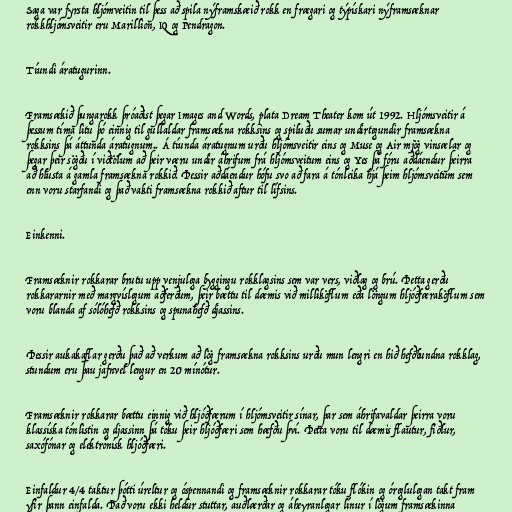
Saga var fyrsta hljómveitin til þess að spila nýframskæið rokk en frægari og týpískari nýframsæknar
rokkhljómsveitir eru Marillion, IQ og Pendragon.

Tíundi áratugurinn.

Framsækið þungarokk þróaðist þegar Images and Words, plata Dream Theater kom út 1992. Hljómsveitir á
þessum tíma litu þó einnig til gullaldar framsækna rokksins og spiluðu sumar undirtegundir framsækna
rokksins þá áttunda áratugnum.. Á tíunda áratugnum urðu hljómsveitir eins og Muse og Air mjög vinsælar og
þegar þeir sögðu í viðtölum að þeir væru undir áhrifum frá hljómsveitum eins og Yes þá fóru aðdáendur þeirra
að hlusta á gamla framsækna rokkið. Þessir aðdáendur hófu svo að fara á tónleika hjá þeim hljómsveitum sem
enn voru starfandi og það vakti framsækna rokkið aftur til lífsins.

Einkenni.

Framsæknir rokkarar brutu upp venjulega byggingu rokklagsins sem var vers, viðlag og brú. Þetta gerðu
rokkararnir með margvíslegum aðferðum, þeir bættu til dæmis við milliköflum eða löngum hljóðfæraköflum sem
voru blanda af sólóhefð rokksins og spunahefð djassins.

Þessir aukakaflar gerðu það að verkum að lög framsækna rokksins urðu mun lengri en hið hefðbundna rokklag,
stundum eru þau jafnvel lengur en 20 mínótur.

Framsæknir rokkarar bættu einnig við hljóðfærum í hljómsveitir sínar, þar sem áhrifavaldar þeirra voru
klassíska tónlistin og djassinn þá tóku þeir hljóðfæri sem hæfðu því. Þetta voru til dæmis flautur, fiðlur,
saxófónar og elektrónísk hljóðfæri.

Einfaldur 4/4 taktur þótti úreltur og óspennandi og framsæknir rokkarar tóku flókin og óreglulegan takt fram
yfir þann einfalda. Það voru ekki heldur stuttar, auðlærðar og áheyranlegar línur í lögum framsækinna